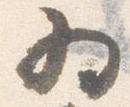
為